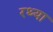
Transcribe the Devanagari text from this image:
रथ्या